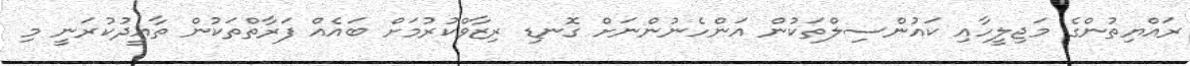
ރައްޔިތުންގެ މަޖިލީހާއި ކައުންސިލްތަކުން އަންހެނުންނަށް ގޮނޑި ރިޒާވްކުރުމަށް ބައެއް ފަރާތްތަކުން ތާއީދުކުރަނީ މި